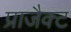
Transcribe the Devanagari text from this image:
प्राजैक्ट